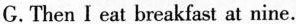
G. Then I eat breakfast at nine.